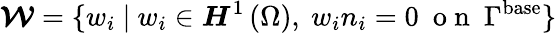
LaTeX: \boldsymbol{\mathcal{W}}=\{ w_{i}\ |\ w_{i}\in\boldsymbol{H}^{1}\left(\Omega\right),\ w_{i}n_{i}=0\ \mathrm{~o~n~}\ \Gamma^{\mathrm{{base}}}\}